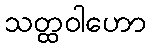
သတ္ထဝါဟော